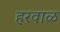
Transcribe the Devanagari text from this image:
हरवाळ